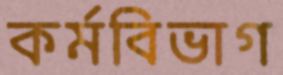
কর্মবিভাগ